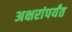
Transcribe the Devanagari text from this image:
अक्षरांपर्यंत